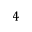
4